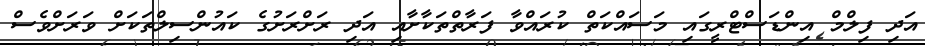
އަދި ފިލްމް އިންޑަސްޓްރީގައި މަސައްކަތް ކުރައްވާ ފަރާތްތަކާށާއި އަދި ރަށްރަށުގެ ކައުންސިލްތަކަށް ވަރަށްވެސް